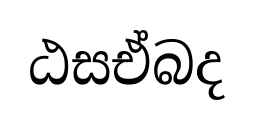
ඨසඒබද